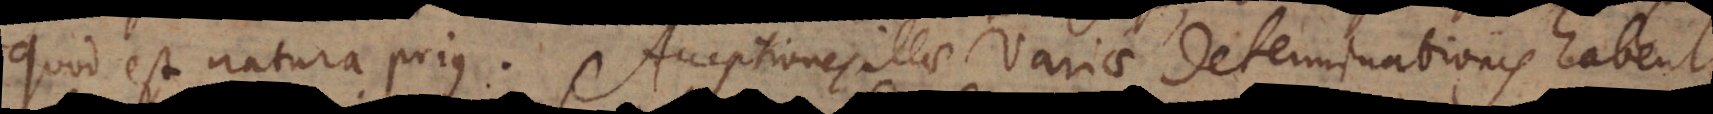
quod est natura prius. Acceptiones illae variae determinationis habent